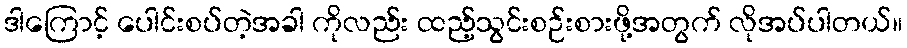
ဒါကြောင့် ပေါင်းစပ်တဲ့အခါ ကိုလည်း ထည့်သွင်းစဉ်းစားဖို့အတွက် လိုအပ်ပါတယ်။